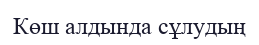
Көш алдында сұлудың